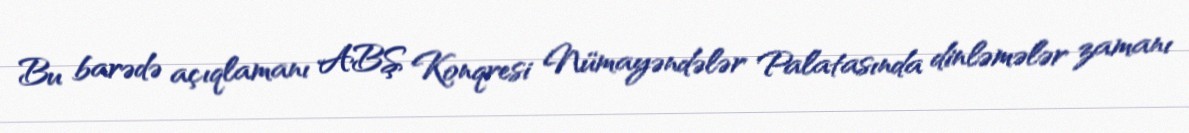
Bu barədə açıqlamanı ABŞ Konqresi Nümayəndələr Palatasında dinləmələr zamanı